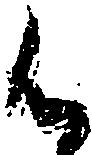
候